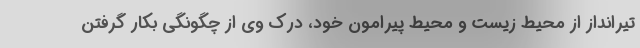
تیرانداز از محیط زیست و محیط پیرامون خود، درک وی از چگونگی بکار گرفتن